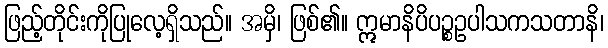
ဖြည့်တိုင်းကိုပြုလေ့ရှိသည်။ အမှိ၊ ဖြစ်၏။ ဣမာနိပိပဉ္စဥပါသကသတာနိ၊